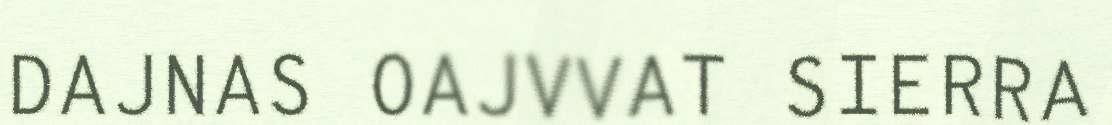
DAJNAS OAJVVAT SIERRA